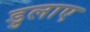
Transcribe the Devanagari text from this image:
डुलाए